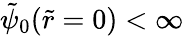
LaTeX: \tilde{\psi}_{0}(\tilde{r}=0)<\infty